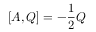
[ A , Q ] = - { \frac { 1 } { 2 } } Q